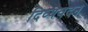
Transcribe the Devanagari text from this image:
दिव्यवदन